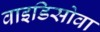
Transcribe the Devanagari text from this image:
वाइडिसोवा